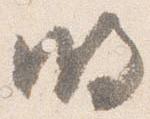
明